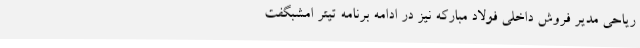
ریاحی مدیر فروش داخلی فولاد مبارکه نیز در ادامه برنامه تیتر امشبگفت